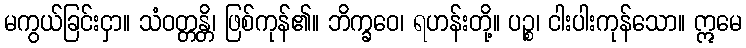
မကွယ်ခြင်းငှာ။ သံဝတ္တန္တိ၊ ဖြစ်ကုန်၏။ ဘိက္ခဝေ၊ ရဟန်းတို့။ ပဉ္စ၊ ငါးပါးကုန်သော။ ဣမေ